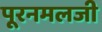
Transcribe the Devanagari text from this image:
पूरनमलजी